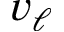
v _ { \ell }